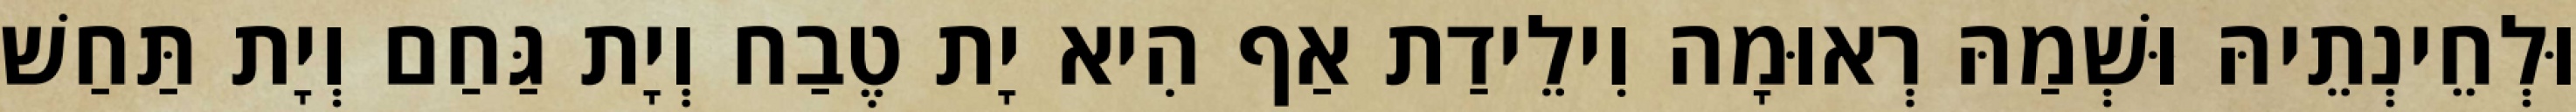
וּלְחֵינְתֵיהּ וּשְׁמַהּ רְאוּמָה וִילֵידַת אַף הִיא יָת טֶבַח וְיָת גַּחַם וְיָת תַּחַשׁ